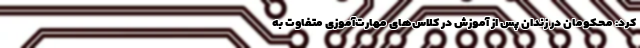
کرد: محکومان در زندان پس از آموزش در کلاس‌های مهارت‌آموزی متفاوت به